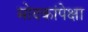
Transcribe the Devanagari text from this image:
मोदकांपेक्षा